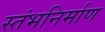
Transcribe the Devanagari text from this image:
स्तंभनिर्माण